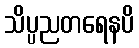
သိပ္ပညတရေနပိ